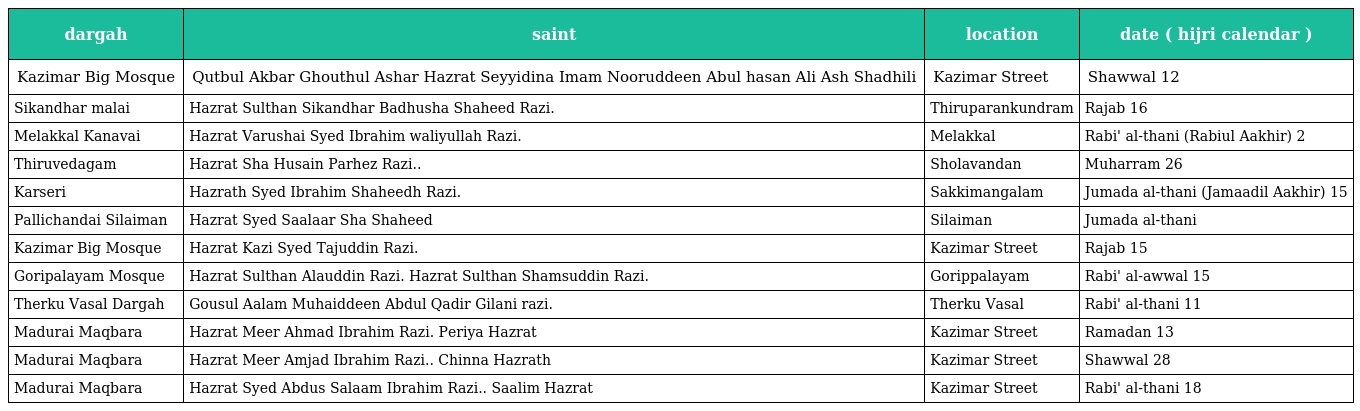
| dargah | saint | location | date ( hijri calendar ) |
 | --- | --- | --- | --- |
 | Kazimar Big Mosque | Qutbul Akbar Ghouthul Ashar Hazrat Seyyidina Imam Nooruddeen Abul hasan Ali Ash Shadhili | Kazimar Street | Shawwal 12 |
 | Sikandhar malai | Hazrat Sulthan Sikandhar Badhusha Shaheed Razi. | Thiruparankundram | Rajab 16 |
 | Melakkal Kanavai | Hazrat Varushai Syed Ibrahim waliyullah Razi. | Melakkal | Rabi' al-thani (Rabiul Aakhir) 2 |
 | Thiruvedagam | Hazrat Sha Husain Parhez Razi.. | Sholavandan | Muharram 26 |
 | Karseri | Hazrath Syed Ibrahim Shaheedh Razi. | Sakkimangalam | Jumada al-thani (Jamaadil Aakhir) 15 |
 | Pallichandai Silaiman | Hazrat Syed Saalaar Sha Shaheed | Silaiman | Jumada al-thani |
 | Kazimar Big Mosque | Hazrat Kazi Syed Tajuddin Razi. | Kazimar Street | Rajab 15 |
 | Goripalayam Mosque | Hazrat Sulthan Alauddin Razi. Hazrat Sulthan Shamsuddin Razi. | Gorippalayam | Rabi' al-awwal 15 |
 | Therku Vasal Dargah | Gousul Aalam Muhaiddeen Abdul Qadir Gilani razi. | Therku Vasal | Rabi' al-thani 11 |
 | Madurai Maqbara | Hazrat Meer Ahmad Ibrahim Razi. Periya Hazrat | Kazimar Street | Ramadan 13 |
 | Madurai Maqbara | Hazrat Meer Amjad Ibrahim Razi.. Chinna Hazrath | Kazimar Street | Shawwal 28 |
 | Madurai Maqbara | Hazrat Syed Abdus Salaam Ibrahim Razi.. Saalim Hazrat | Kazimar Street | Rabi' al-thani 18 |